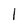
Character: 1